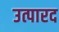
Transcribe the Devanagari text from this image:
उत्पारद